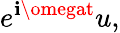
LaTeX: e^{\mathbf{i}\omegat}u,